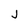
Character: j